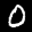
Label: 0